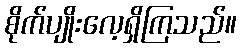
စိုက်ပျိုးလေ့ရှိကြသည်။